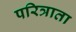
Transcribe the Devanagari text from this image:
परित्राता